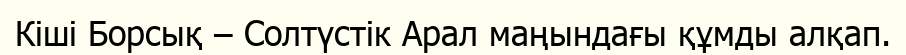
Кіші Борсық – Солтүстік Арал маңындағы құмды алқап.